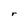
Character: r